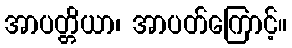
အာပတ္တိယာ၊ အာပတ်ကြောင့်။